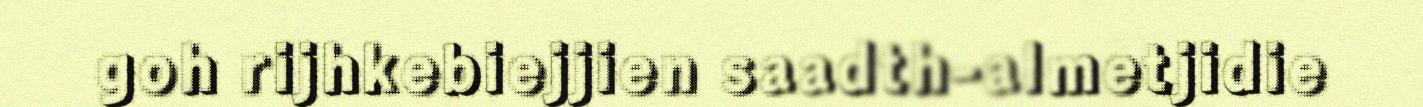
goh rijhkebiejjien saadth-almetjidie